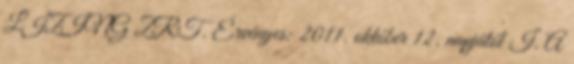
LÍZING ZRT. Érvényes: 2011. október 12. napjától I. A